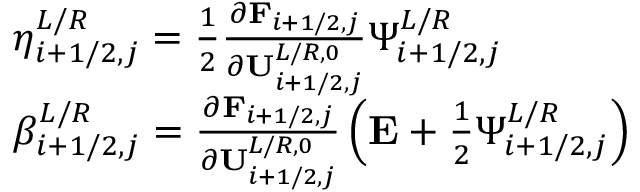
\begin{array} { r l } & { \eta _ { i + 1 / 2 , j } ^ { L / R } = \frac { 1 } { 2 } \frac { \partial \mathbf { F } _ { i + 1 / 2 , j } } { \partial \mathbf { U } _ { i + 1 / 2 , j } ^ { L / R , 0 } } \Psi _ { i + 1 / 2 , j } ^ { L / R } } \\ & { \beta _ { i + 1 / 2 , j } ^ { L / R } = \frac { \partial \mathbf { F } _ { i + 1 / 2 , j } } { \partial \mathbf { U } _ { i + 1 / 2 , j } ^ { L / R , 0 } } \left( \mathbf { E } + \frac { 1 } { 2 } \Psi _ { i + 1 / 2 , j } ^ { L / R } \right) } \end{array}